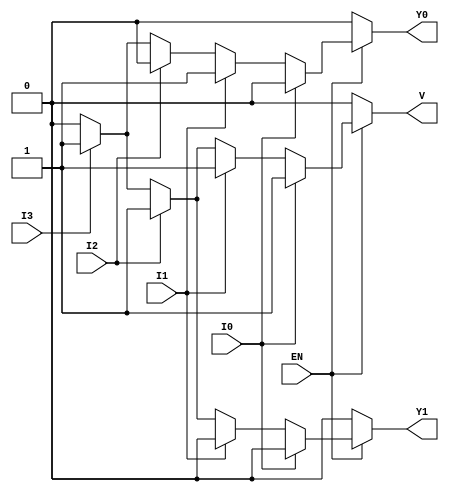
module priority_encoder_4to2 (
    input wire EN,    // Enable signal
    input wire I0,    // Input 0 (highest priority)
    input wire I1,    // Input 1
    input wire I2,    // Input 2
    input wire I3,    // Input 3 (lowest priority)
    output reg Y1,    // Output bit 1
    output reg Y0,    // Output bit 0
    output reg V      // Valid output indicator
);

always @(*) begin
    // Default outputs
    Y1 = 1'b0;
    Y0 = 1'b0;
    V = 1'b0;

    if (EN) begin
        if (I0) begin
            Y1 = 1'b0;
            Y0 = 1'b0;
            V = 1'b1;
        end else if (I1) begin
            Y1 = 1'b0;
            Y0 = 1'b1;
            V = 1'b1;
        end else if (I2) begin
            Y1 = 1'b1;
            Y0 = 1'b0;
            V = 1'b1;
        end else if (I3) begin
            Y1 = 1'b1;
            Y0 = 1'b1;
            V = 1'b1;
        end
    end
end

endmodule